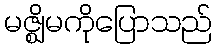
မဇ္ဈိမကိုပြောသည်